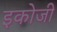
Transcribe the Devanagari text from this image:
इकोजी